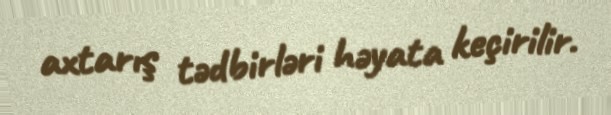
axtarış tədbirləri həyata keçirilir.